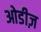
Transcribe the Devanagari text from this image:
ओडीज़